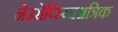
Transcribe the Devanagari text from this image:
नेउरोप्स्य्चिअत्रिक